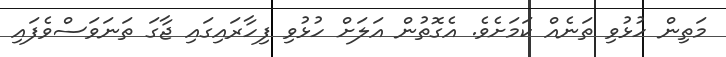
މަތިން ހުޅުވި ތަނެއް ކަމަށެވެ. އެގޮތުން އަލަށް ހުޅުވި ފިހާރައިގައި ޖާގަ ތަނަވަސްވެފައި